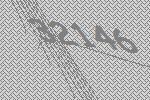
32146